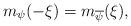
LaTeX: \begin{align*}m_{\psi}(-\xi) = m_{\overline{\psi}}(\xi),\end{align*}